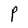
Character: P